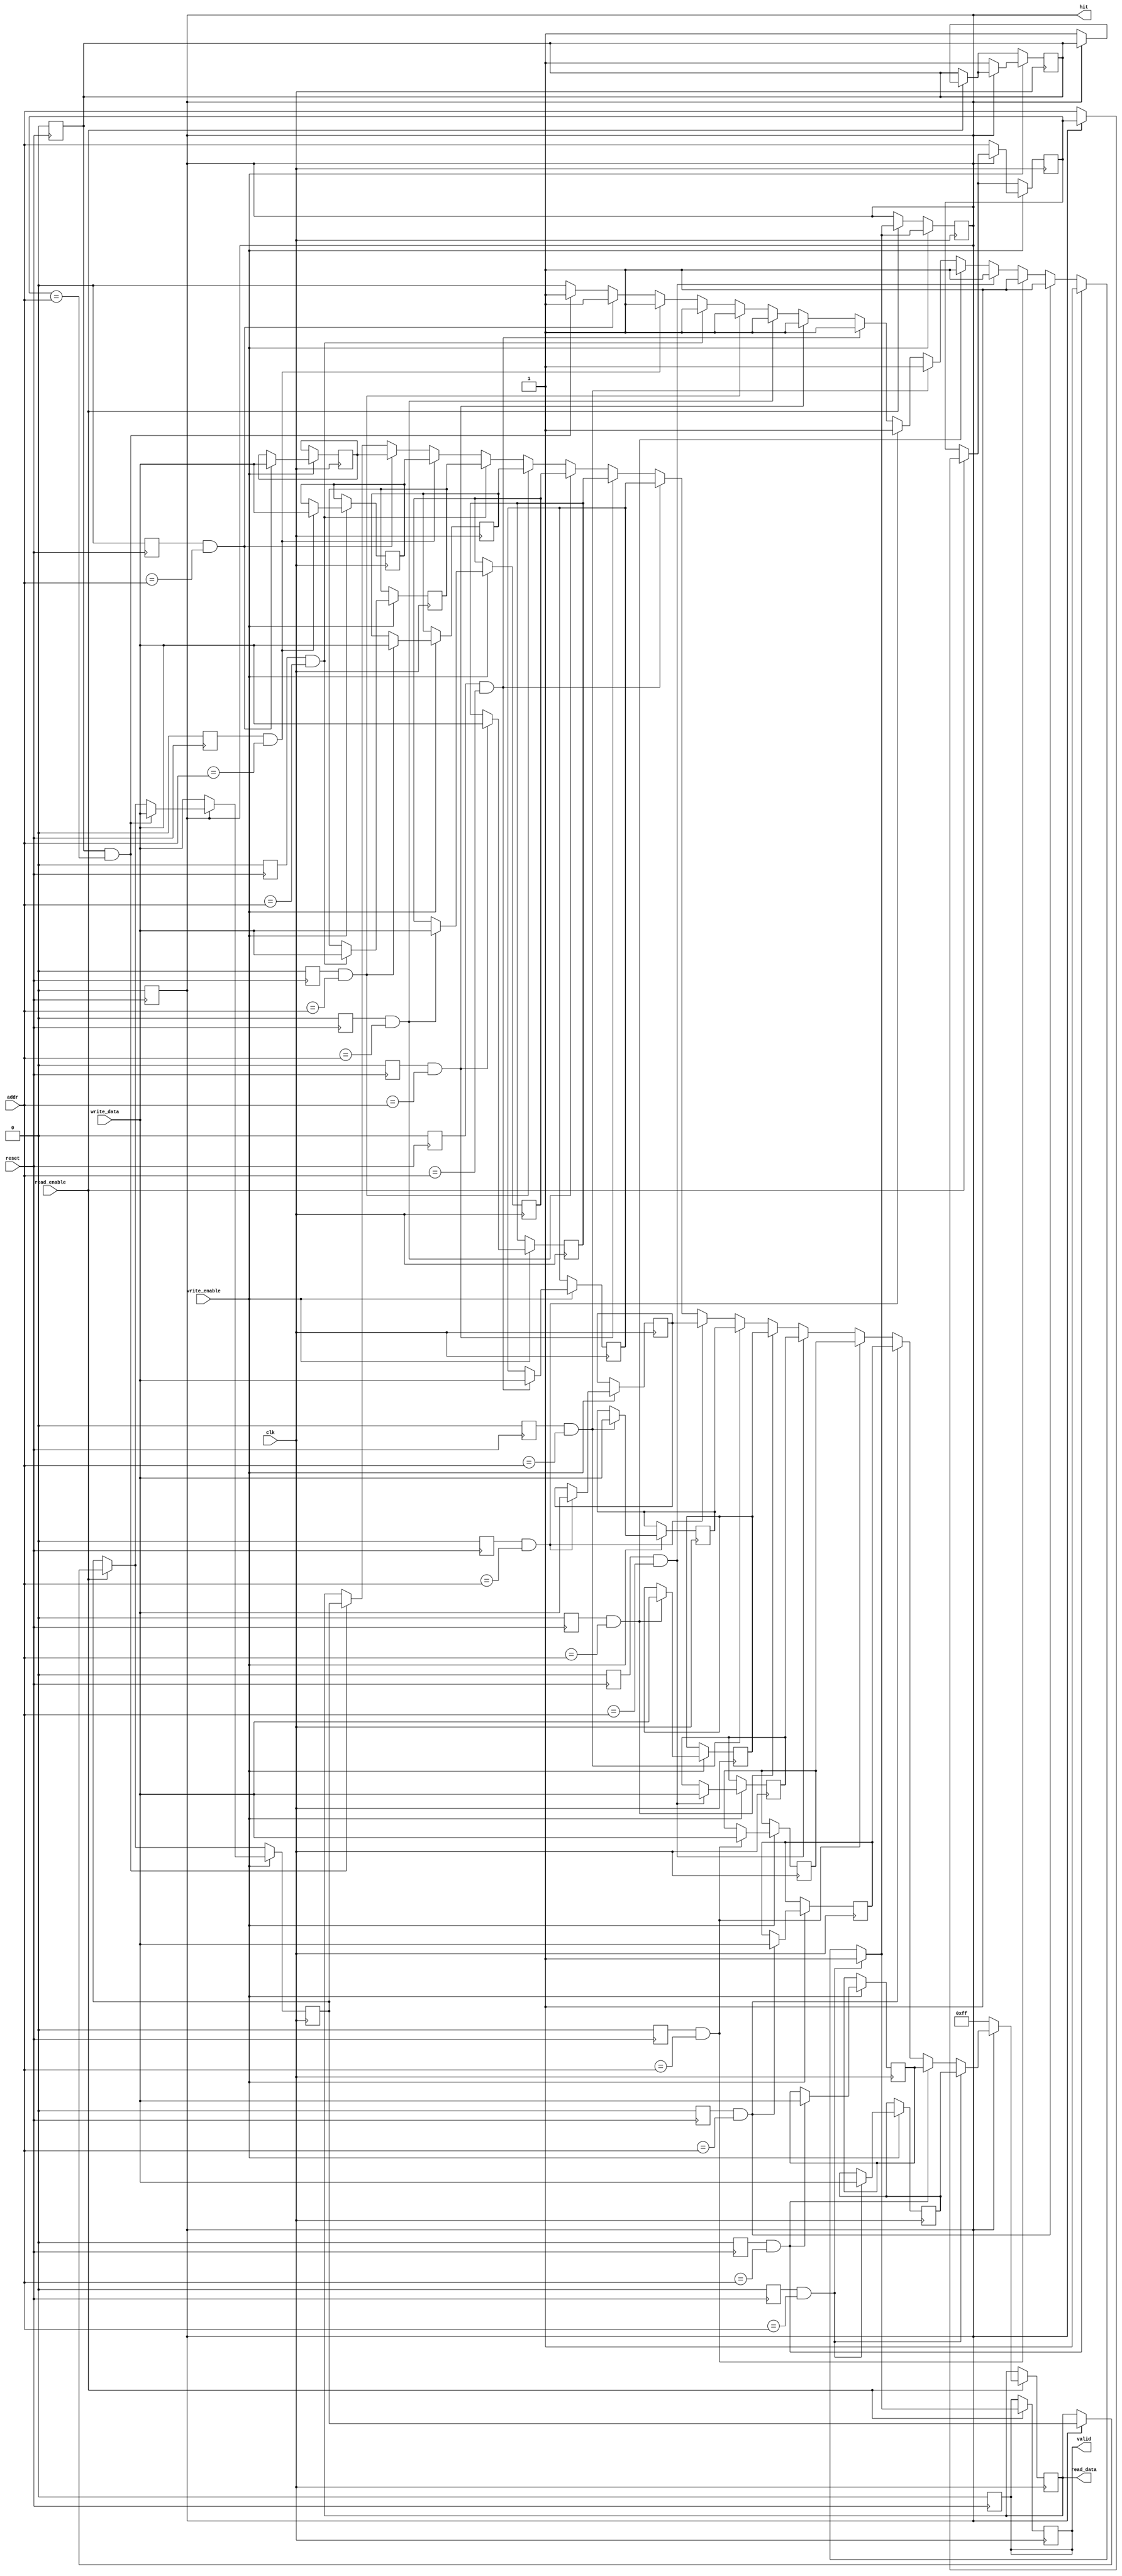
module software_cache #(
    parameter CACHE_SIZE = 16, // Number of cache lines
    parameter LINE_SIZE = 8,    // Size of each cache line in bytes
    parameter ADDR_WIDTH = 8     // Address width for main memory
)(
    input wire clk,
    input wire reset,
    input wire [ADDR_WIDTH-1:0] addr, // Address for read/write
    input wire [LINE_SIZE-1:0] write_data, // Data to write
    input wire read_enable,
    input wire write_enable,
    output reg [LINE_SIZE-1:0] read_data, // Data read from cache
    output reg hit, // Indicates if the operation was a hit
    output reg valid // Indicates if the cache is valid
);

    // Cache line structure
    reg [LINE_SIZE-1:0] cache_data [0:CACHE_SIZE-1]; // Data field
    reg [ADDR_WIDTH-1:0] cache_tag [0:CACHE_SIZE-1]; // Tag field
    reg cache_valid [0:CACHE_SIZE-1]; // Valid bit
    reg cache_dirty [0:CACHE_SIZE-1]; // Dirty bit

    integer i;

    // Initialize cache on reset
    always @(posedge reset) begin
        for (i = 0; i < CACHE_SIZE; i = i + 1) begin
            cache_valid[i] <= 0;
            cache_dirty[i] <= 0;
        end
        valid <= 0;
        hit <= 0;
    end

    // Cache operation
    always @(posedge clk) begin
        if (read_enable) begin
            hit <= 0;
            valid <= 0;
            // Check for cache hit
            for (i = 0; i < CACHE_SIZE; i = i + 1) begin
                if (cache_valid[i] && (cache_tag[i] == addr)) begin
                    read_data <= cache_data[i];
                    hit <= 1;
                    valid <= 1;
                end
            end
            // If miss, fetch from main memory (not implemented here)
            if (!hit) begin
                // Simulate fetching from main memory
                // In a real implementation, you would fetch the data from memory
                // and update the cache line accordingly.
                // For now, we just set read_data to a default value.
                read_data <= 8'hFF; // Placeholder for fetched data
                // Update cache (simple replacement policy)
                cache_data[0] <= read_data; // Replace first line for simplicity
                cache_tag[0] <= addr;
                cache_valid[0] <= 1;
                cache_dirty[0] <= 0; // Not dirty since we just fetched
            end
        end

        if (write_enable) begin
            hit <= 0;
            // Check for cache hit
            for (i = 0; i < CACHE_SIZE; i = i + 1) begin
                if (cache_valid[i] && (cache_tag[i] == addr)) begin
                    cache_data[i] <= write_data; // Update cache line
                    cache_dirty[i] <= 1; // Mark as dirty
                    hit <= 1;
                end
            end
            // If miss, write directly to main memory (not implemented here)
            if (!hit) begin
                // Simulate writing to main memory
                // In a real implementation, you would write the data to memory.
                // For now, we just ignore the write to memory.
                // Optionally, update cache if needed.
                cache_data[0] <= write_data; // Replace first line for simplicity
                cache_tag[0] <= addr;
                cache_valid[0] <= 1;
                cache_dirty[0] <= 1; // Mark as dirty
            end
        end
    end
endmodule